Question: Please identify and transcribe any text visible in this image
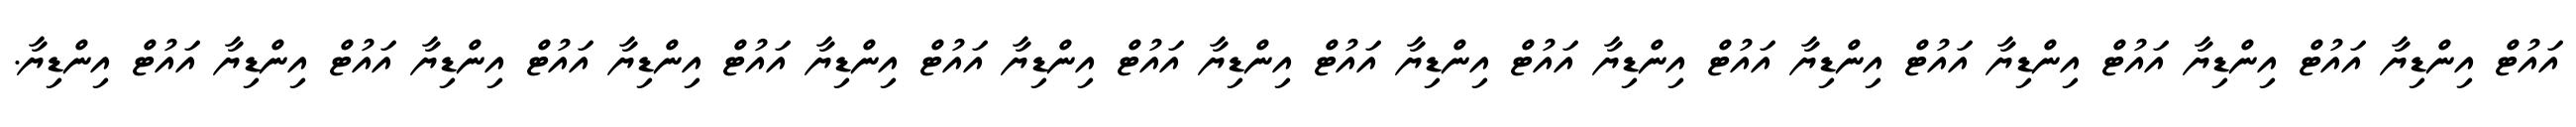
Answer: އައުޓް އިންޑިޔާ އައުޓް އިންޑިޔާ އައުޓް އިންޑިޔާ އައުޓް އިންޑިޔާ އައުޓް އިންޑިޔާ އައުޓް އިންޑިޔާ އައުޓް އިންޑިޔާ އައުޓް އިންޑިޔާ އައުޓް އިންޑިޔާ އައުޓް އިންޑިޔާ އައުޓް އިންޑިޔާ އައުޓް އިންޑިޔާ އައުޓް އިންޑިޔާ.